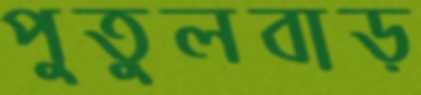
পুতুলবাড়